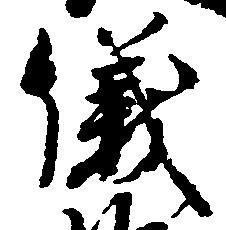
儀